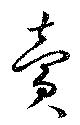
賣